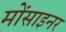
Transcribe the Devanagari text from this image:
मोंसाइनर